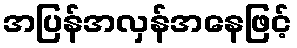
အပြန်အလှန်အနေဖြင့်